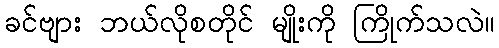
ခင်ဗျား ဘယ်လိုစတိုင် မျိုးကို ကြိုက်သလဲ။